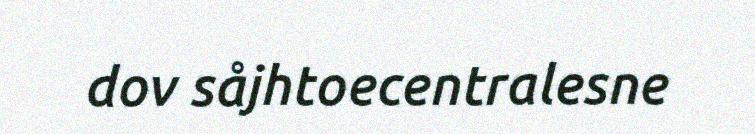
dov såjhtoecentralesne